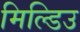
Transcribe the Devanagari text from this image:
मिल्डिउ